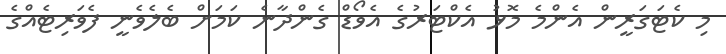
މި ކެޓަގަރީން އެންމެ މޮޅު އެކްޓަރުގެ އެވޯޑް ގެންދާނެ ކަމަށް ބެލެވެނީ ފެވަރިޓެއްގެ